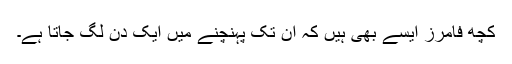
کچھ فامرز ایسے بھی ہیں کہ ان تک پہنچنے میں ایک دن لگ جاتا ہے۔